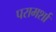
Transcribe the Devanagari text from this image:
परामर्शा